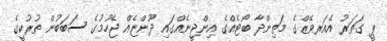
ޕީ ގަތަރު އެއަރވޭޒްގެ މަތިންދާ ބޯޓެއްގެ އިންޖީނެއްގައި ދޫންޏެއް ޖެހުމުގެ ސަބަބުން ތުރުކީގެ